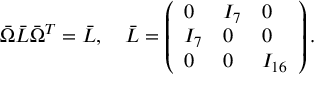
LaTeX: \bar { \Omega } \bar { L } \bar { \Omega } ^ { T } = \bar { L } , \ \ \ \bar { L } = \left( \begin{array} { l l l } { { 0 } } & { { I _ { 7 } } } & { { 0 } } \\ { { I _ { 7 } } } & { { 0 } } & { { 0 } } \\ { { 0 } } & { { 0 } } & { { I _ { 1 6 } } } \end{array} \right) .